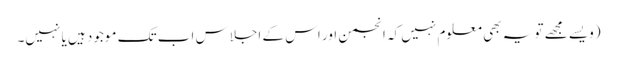
(ویسے مجھے تو یہ بھی معلوم نہیں کہ انجمن اور اس کے اجلاس اب تک موجود ہیں یا نہیں۔